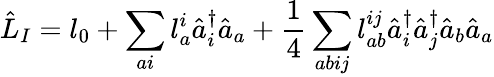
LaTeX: \hat{L}_{I}={l}_{0}+\sum_{ai}{l}_{a}^{i}\hat{a}_{i}^{\dagger}\hat{a}_{a}+\frac{1}{4}\sum_{abij}{l}_{ab}^{ij}\hat{a}_{i}^{\dagger}\hat{a}_{j}^{\dagger}\hat{a}_{b}\hat{a}_{a}